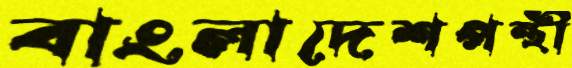
বাংলাদেশপন্থী